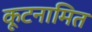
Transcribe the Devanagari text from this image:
कूटनामित